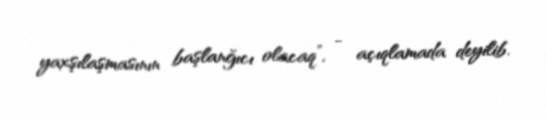
yaxşılaşmasının başlanğıcı olacaq”, - açıqlamada deyilib.